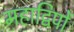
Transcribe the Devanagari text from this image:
महाद्विपों